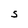
Character: s